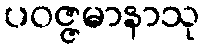
ပဝဇ္ဇမာနာသု